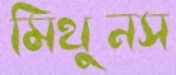
মিথুনস